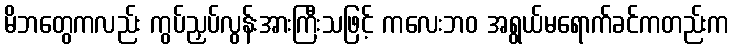
မိဘတွေကလည်း ကွပ်ညှပ်လွန်းအားကြီးသဖြင့် ကလေးဘဝ အရွယ်မရောက်ခင်ကတည်းက